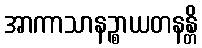
အာကာသာနဉ္စာယတနန္တိ